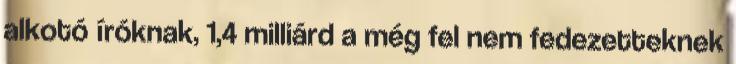
alkotó íróknak, 1,4 milliárd a még fel nem fedezetteknek